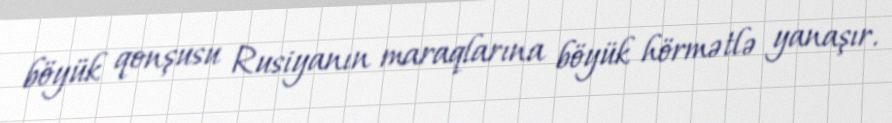
böyük qonşusu Rusiyanın maraqlarına böyük hörmətlə yanaşır.